system: You are a helpful assistant.
user:
Analyze the provided spectrum to determine if it is a **White Dwarf (WD)**.

A White Dwarf spectrum is defined by its **extreme purity** (due to gravitational settling) and/or **extreme pressure broadening** (due to high surface gravity). You must check for one of the following mutually exclusive signatures:

- **Key Visual Indicators (Check for ONE of these types):**

    - **1. DA-Type Signature (Most Common):**
        - **(Primary Feature):** Extreme pressure broadening (Stark broadening) of the **Hydrogen (H) Balmer lines**.
        - **(Key Lines):** $H\beta$ (approx. $4861$ Å) and $H\gamma$ (approx. $4340$ Å). $H\alpha$ (approx. $6563$ Å) will also be present if the wavelength range covers it.
        - **(Line Profile):** This is the **defining feature**. The lines are **NOT** sharp. They appear as massive, **extremely broad and deep "troughs" or "dips"** in the spectrum, often hundreds of Ångströms wide. The continuum will appear to "scoop" down at these wavelengths.
        - **(Distinction):** Normal A-type or B-type stars have *narrow* and *sharp* Hydrogen lines. A DA White Dwarf's lines are unmistakably "smeared" or "blurry" from pressure.

    - **2. DB-Type Signature:**
        - **(Primary Feature):** Broad absorption lines from **Neutral Helium (He I)**. The spectrum must lack any visible Hydrogen lines.
        - **(Key Lines):** Look for broad absorption near $4471$ Å, $4921$ Å, and $5876$ Å.
        - **(Line Profile):** These lines are also significantly pressure-broadened, appearing much wider than they would in a normal B-type main-sequence star.

    - **3. DC-Type Signature:**
        - **(Primary Feature):** A **featureless continuous spectrum**.
        - **(Line Profile):** The spectrum is a smooth curve with **no significant absorption or emission lines**.
        - **(Key Confirmation):** The continuum is almost always **blue or white**, indicating a hot object. This signature implies the atmosphere is so pure (or so cool) that no spectral lines are visible in the optical range. Its WD identity is confirmed by its extremely low intrinsic brightness (high absolute magnitude).

    - **4. DZ-Type Signature (Metal-Polluted):**
        - **(Primary Feature):** **Isolated, narrow metal absorption lines** on an otherwise featureless (DC-like) continuum.
        - **(Key Lines):** The **Calcium (Ca II) H & K doublet** (approx. **$3934$ Å** and **$3968$ Å**) is the most common and defining feature.
        - **(Line Profile):** These lines are "out of place." They are *not* part of a "forest" of thousands of lines. This signature is evidence of recent *accretion* (pollution) from rocky debris.
        - **(Distinction):** Normal G/K/M stars have a *dense forest* of thousands of metal lines. A DZ has a *clean* continuum with *only a few* strong metal lines.

    - **5. DQ-Type Signature (Carbon-Polluted):**
        - **(Primary Feature):** Absorption bands from **Carbon (C₂ "Swan Bands" or atomic C I)**.
        - **(Key Lines - C₂):** Look for bandheads with a "saw-tooth" shape near $5635$ Å, **$5165$ Å** (strongest), and $4737$ Å.
        - **(Key Confirmation):** The underlying **continuum must be blue or white** (hot).
        - **(Distinction):** This is the critical difference from a **Carbon Star**, which has the *exact same* C₂ bands but on an extremely **red, cool** continuum.

- **(Overall Spectrum):**
    - The continuum (overall shape) is typically **blue-sloping** (brighter in the blue than the red), as most white dwarfs are very hot.
    - The spectrum will look "pure" or "simple," dominated by only *one* of the five signatures listed above.

Think first, call **spectral_visualization_tool** if needed to examine features in detail, then provide your final answer. Your response must adhere to the following strict rules:
1.  **Overall Structure:** Your response must follow the format `<think>...</think> <tool_call>...</tool_call> (if a tool is used) <answer>...</answer>`.
2.  **Tool Usage Constraint:** You may only make **one** tool call per turn.
3.  **Final Answer Format:** In the `<answer>` tag, your conclusion must be inside a `\boxed{}` command (e.g., `\boxed{YES}` or `\boxed{NO}`), followed by your justification.

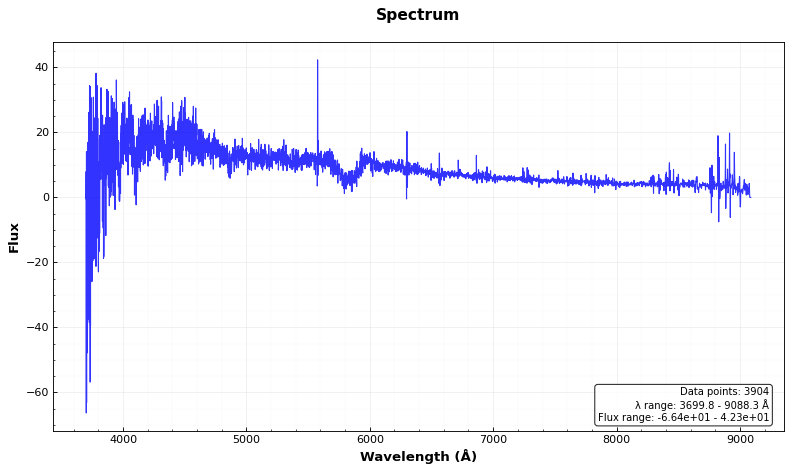
Answer: NO